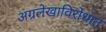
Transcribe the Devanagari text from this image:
अग्रलेखाविरोधात